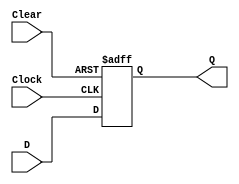
module d_ff_clear (
    input D,
    input Clock,
    input Clear,
    output reg Q
);

always @(posedge Clock or posedge Clear)
begin
    if (Clear)
        Q <= 1'b0;
    else
        Q <= D;
end

endmodule